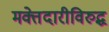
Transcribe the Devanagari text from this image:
मक्तेदारीविरुद्ध